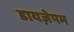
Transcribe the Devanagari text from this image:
डायज़ेपम